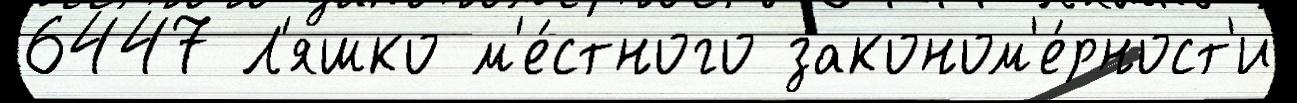
6447 Л'яшко м'е́стного законом'е́рност'и